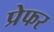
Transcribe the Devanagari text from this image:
प्रेफर